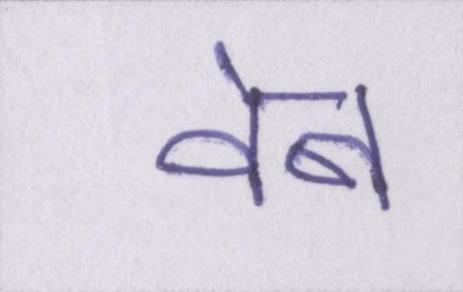
वेब